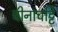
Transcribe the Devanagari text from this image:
चीनाचट्टि